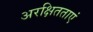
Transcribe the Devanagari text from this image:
अरक्षितताएं